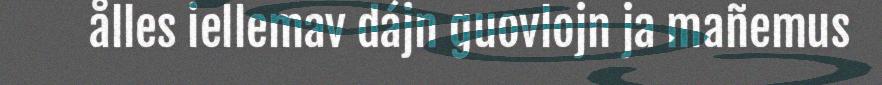
ålles iellemav dájn guovlojn ja mañemus